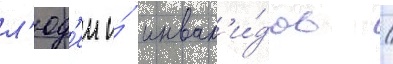
л'юд'еи и́ инвал'и́дов /